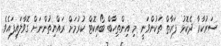
ސަރުކާރާ ދެކޮޅު ފަރާތް ތަކުންވަނީ މި އިންތިހާބް ބޯއިކޮޓް ކުރުމަށް ރައްޔިތުންނަށް ގޮވާލައިފައެވެ.